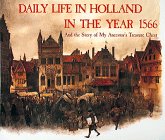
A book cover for Daily Life in Holland in the Year 1566 And the Story of My Ancestor's Treasure Chest; Rien Poortvliet; History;